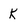
Character: k